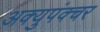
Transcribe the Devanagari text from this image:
अक्युपंक्चर